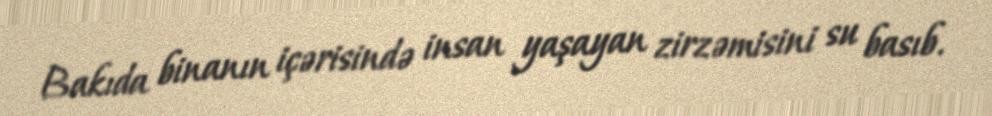
Bakıda binanın içərisində insan yaşayan zirzəmisini su basıb.